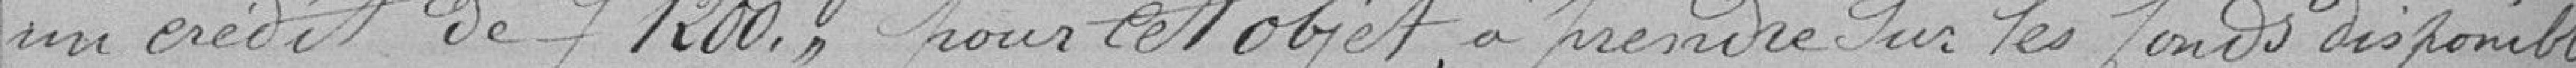
un crédit de francs 1200 pour cet objet, à prendre sur les fonds disponibles